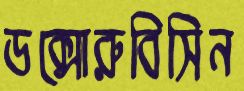
ডক্সোরুবিসিন